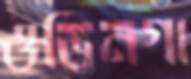
ওডিনগা